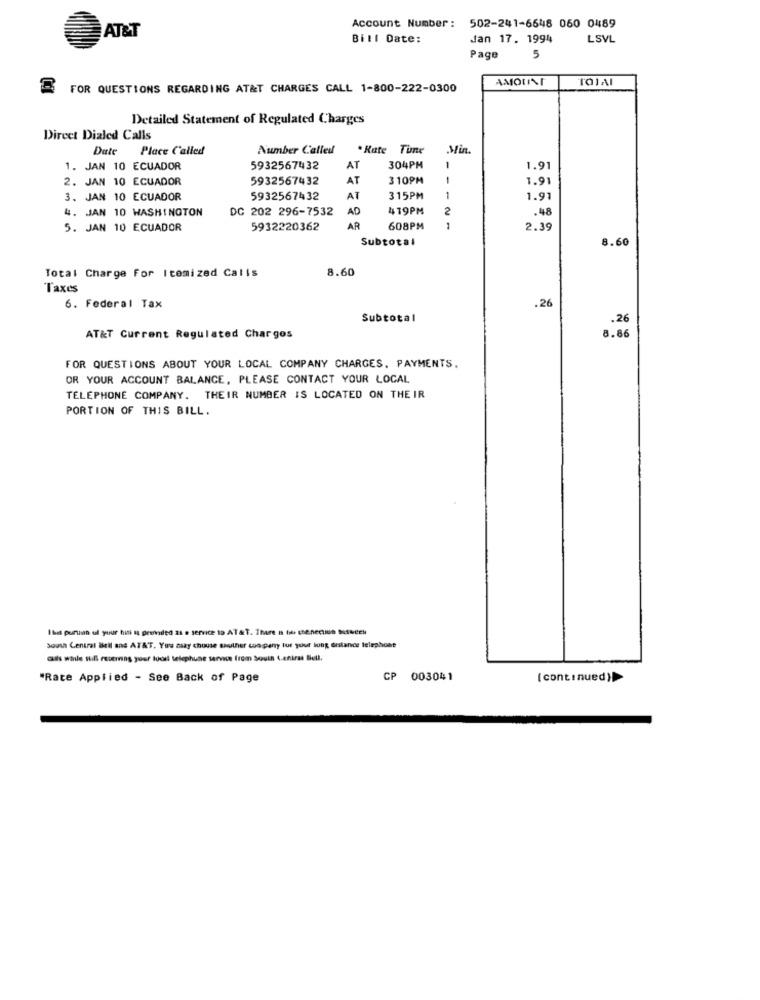
Account Number : 502-241-6648 060 0489
AT&T
Bill Date:
Jan 17. 1994
LSVL
Page
5
AMOUNT
TOIAl
FOR QUESTIONS REGARDING AT&T CHARGES CALL 1-800-222-0300
Detailed Statement of Regulated Charges
Direct Dialed Calls
Date
Place Called
Number Called
*Rate Time
Min.
1. JAN 10 ECUADOR
5932567432
AT
304PM
1
1.91
2. JAN 10 ECUADOR
5932567432
AT
310PM
1.91
3. JAN 10 ECUADOR
5932567432
AT
315PM
1
1.91
4. JAN 10 WASHINGTON
DC 202 296-7532
AD
419PM
2
.48
5. JAN 10 ECUADOR
5932220362
AR
608PM
1
2.39
Subtotal
8.60
8.60
Total Charge For Itemized Calis
Taxes
.26
6. Federal Tax
Subtotal
.26
8.66
AT&T Current Regulated Charges
FOR QUESTIONS ABOUT YOUR LOCAL COMPANY CHARGES. PAYMENTS.
OR YOUR ACCOUNT BALANCE, PLEASE CONTACT YOUR LOCAL
TELEPHONE COMPANY. THEIR NUMBER IS LOCATED ON THEIR
PORTION OF THIS BILL.
I bis purun ul your bin sa provided 21 e service to AT&T. There a lo senecio bufocel
South Central Bell and ATAT. You may choose sauther company tur your long distance telephone
ass walle sull reuering your local telephune service from South Central Bell,
"Rate Applied - See Back of Page
CP
003041
( continued))